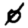
Digit: 0